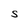
Character: S